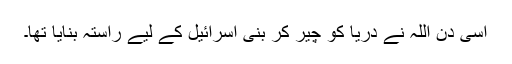
اسی دن اللہ نے دریا کو چیر کر بنی اسرائیل کے لیے راستہ بنایا تھا۔